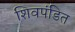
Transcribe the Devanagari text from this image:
शिवपंडित